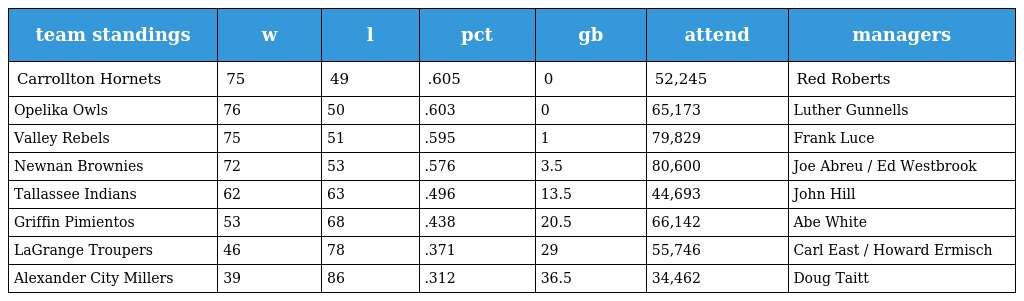
| team standings | w | l | pct | gb | attend | managers |
 | --- | --- | --- | --- | --- | --- | --- |
 | Carrollton Hornets | 75 | 49 | .605 | 0 | 52,245 | Red Roberts |
 | Opelika Owls | 76 | 50 | .603 | 0 | 65,173 | Luther Gunnells |
 | Valley Rebels | 75 | 51 | .595 | 1 | 79,829 | Frank Luce |
 | Newnan Brownies | 72 | 53 | .576 | 3.5 | 80,600 | Joe Abreu / Ed Westbrook |
 | Tallassee Indians | 62 | 63 | .496 | 13.5 | 44,693 | John Hill |
 | Griffin Pimientos | 53 | 68 | .438 | 20.5 | 66,142 | Abe White |
 | LaGrange Troupers | 46 | 78 | .371 | 29 | 55,746 | Carl East / Howard Ermisch |
 | Alexander City Millers | 39 | 86 | .312 | 36.5 | 34,462 | Doug Taitt |